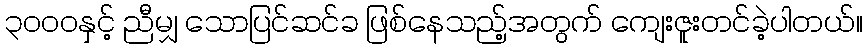
၃၀၀၀နှင့် ညီမျှ သောပြင်ဆင်ခ ဖြစ်နေသည့်အတွက် ကျေးဇူးတင်ခဲ့ပါတယ်။